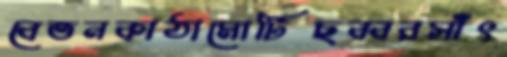
বেতনকাঠামোটিছব্বরসাঁৎ